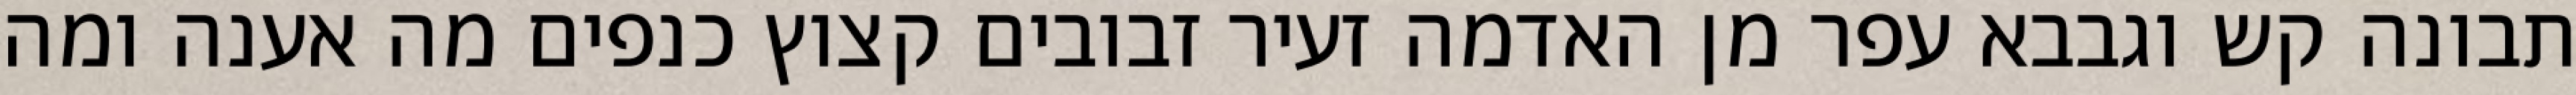
תבונה קש וגבבא עפר מן האדמה זעיר זבובים קצוץ כנפים מה אענה ומה